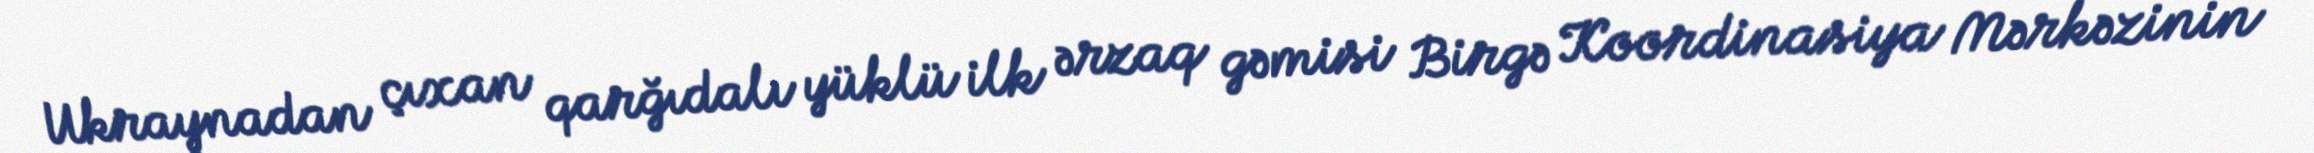
Ukraynadan çıxan qarğıdalı yüklü ilk ərzaq gəmisi Birgə Koordinasiya Mərkəzinin